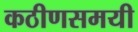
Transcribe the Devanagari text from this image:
कठीणसमयी